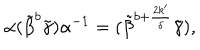
\alpha ( \tilde { \beta } ^ { b } \tilde { \gamma } ) \alpha ^ { - 1 } = ( \tilde { \beta } ^ { b + \frac { 2 k ^ { \prime } } { \delta } } \tilde { \gamma } ) ,